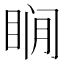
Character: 𰥨